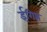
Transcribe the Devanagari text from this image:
ईगिप्त